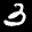
Label: 3